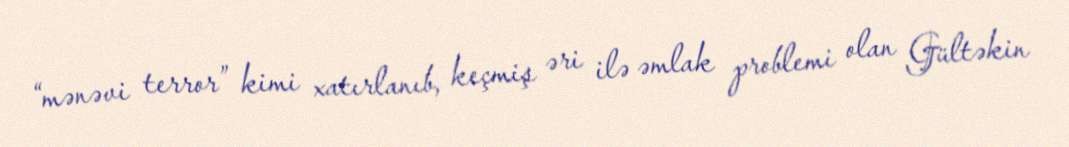
“mənəvi terror” kimi xatırlanıb, keçmiş əri ilə əmlak problemi olan Gültəkin